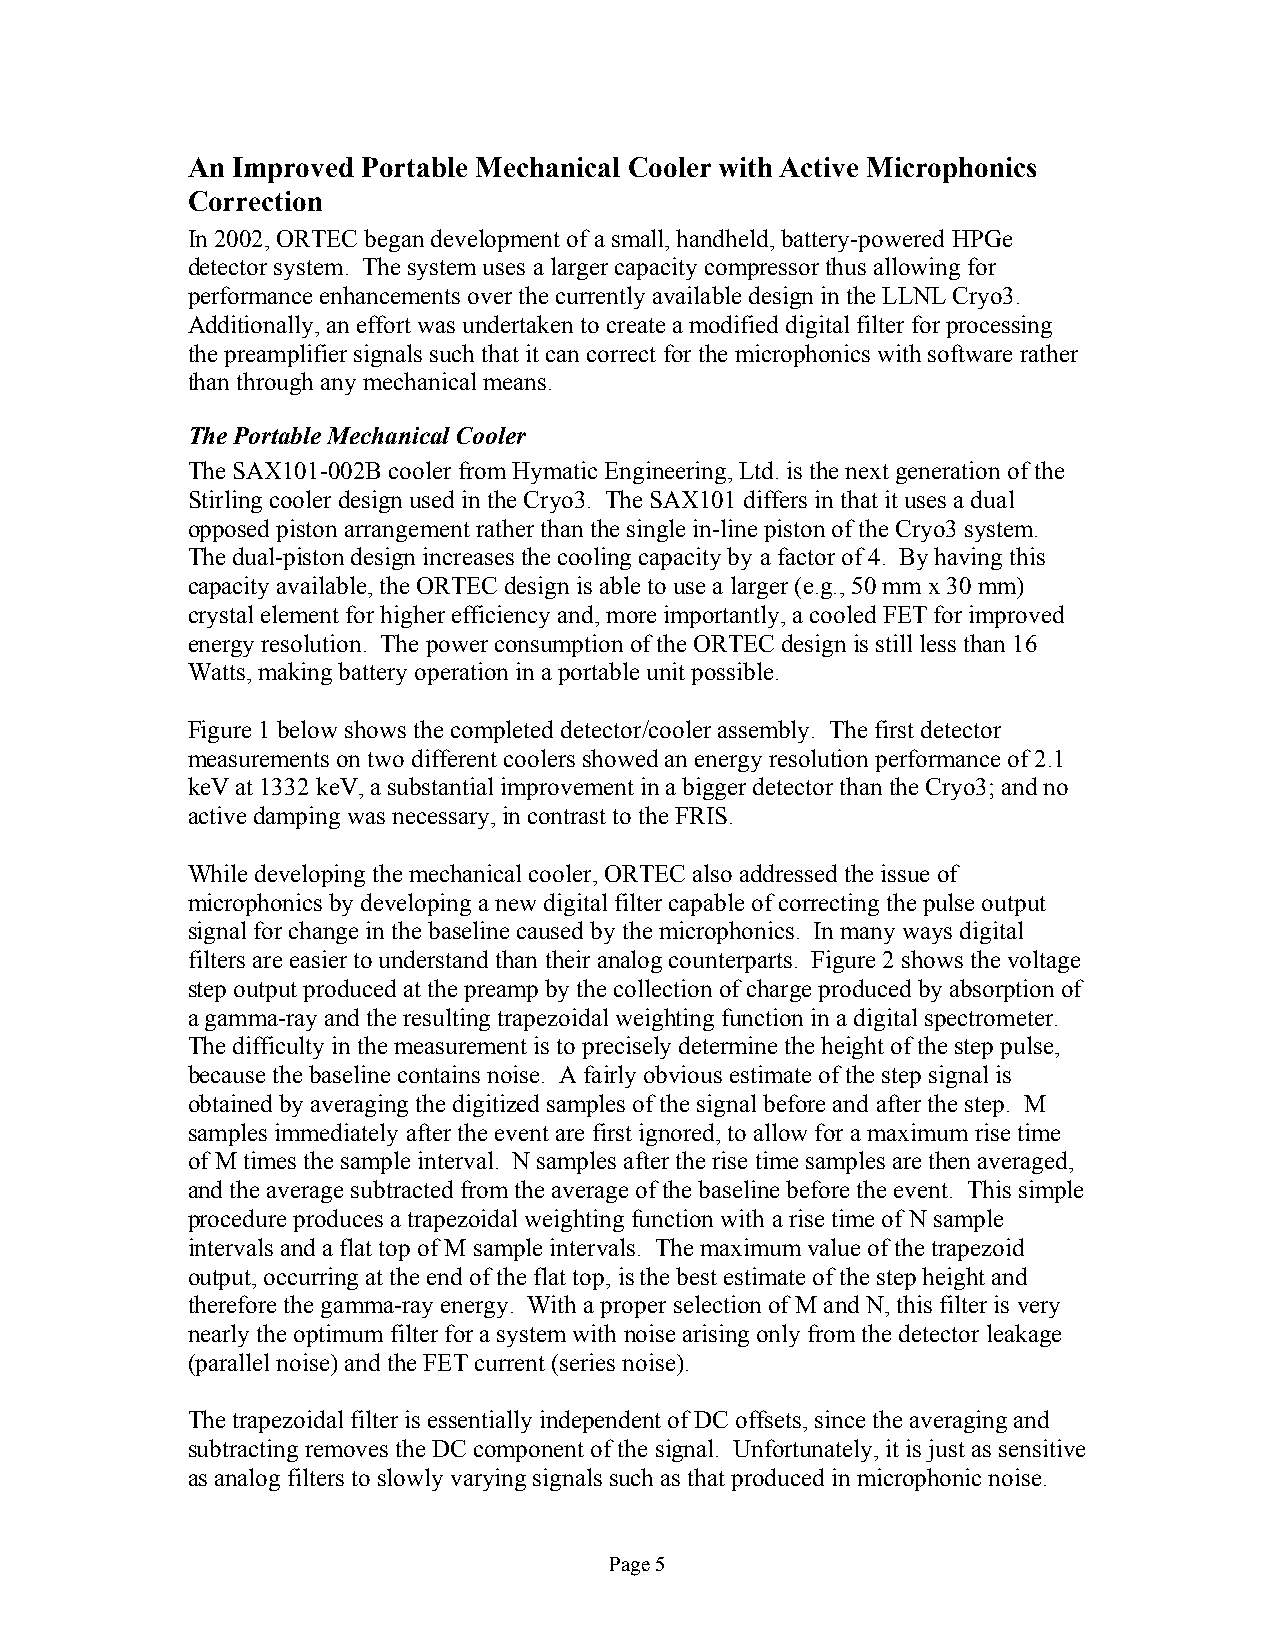
An Improved Portable Mechanical Cooler with Active Microphonics
 Correction
 In 2002, ORTEC began development of a small, handheld, battery-powered HPGe
 detector system. The system uses a larger capacity compressor thus allowing for
 performance enhancements over the currently available design in the LLNL Cryo3.
 Additionally, an effort was undertaken to create a modified digital filter for processing
 the preamplifier signals such that it can correct for the microphonics with software rather
 than through any mechanical means.
 The Portable Mechanical Cooler
 The SAX101-002B cooler from Hymatic Engineering, Ltd. is the next generation of the
 Stirling cooler design used in the Cryo3. The SAX101 differs in that it uses a dual
 opposed piston arrangement rather than the single in-line piston of the Cryo3 system.
 The dual-piston design increases the cooling capacity by a factor of 4. By having this
 capacity available, the ORTEC design is able to use a larger (e.g., 50 mm x 30 mm)
 crystal element for higher efficiency and, more importantly, a cooled FET for improved
 energy resolution. The power consumption of the ORTEC design is still less than 16
 Watts, making battery operation in a portable unit possible.
 Figure 1 below shows the completed detector/cooler assembly. The first detector
 measurements on two different coolers showed an energy resolution performance of 2.1
 keV at 1332 keV, a substantial improvement in a bigger detector than the Cryo3; and no
 active damping was necessary, in contrast to the FRIS.
 While developing the mechanical cooler, ORTEC also addressed the issue of
 microphonics by developing a new digital filter capable of correcting the pulse output
 signal for change in the baseline caused by the microphonics. In many ways digital
 filters are easier to understand than their analog counterparts. Figure 2 shows the voltage
 step output produced at the preamp by the collection of charge produced by absorption of
 a gamma-ray and the resulting trapezoidal weighting function in a digital spectrometer.
 The difficulty in the measurement is to precisely determine the height of the step pulse,
 because the baseline contains noise. A fairly obvious estimate of the step signal is
 obtained by averaging the digitized samples of the signal before and after the step. M
 samples immediately after the event are first ignored, to allow for a maximum rise time
 of M times the sample interval. N samples after the rise time samples are then averaged,
 and the average subtracted from the average of the baseline before the event. This simple
 procedure produces a trapezoidal weighting function with a rise time of N sample
 intervals and a flat top of M sample intervals. The maximum value of the trapezoid
 output, occurring at the end of the flat top, is the best estimate of the step height and
 therefore the gamma-ray energy. With a proper selection of M and N, this filter is very
 nearly the optimum filter for a system with noise arising only from the detector leakage
 (parallel noise) and the FET current (series noise).
 The trapezoidal filter is essentially independent of DC offsets, since the averaging and
 subtracting removes the DC component of the signal. Unfortunately, it is just as sensitive
 as analog filters to slowly varying signals such as that produced in microphonic noise.
 Page 5